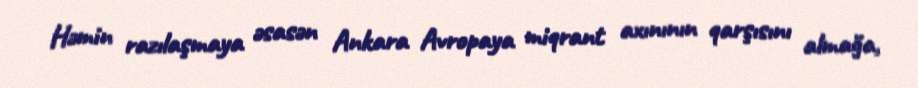
Həmin razılaşmaya əsasən Ankara Avropaya miqrant axınının qarşısını almağa,